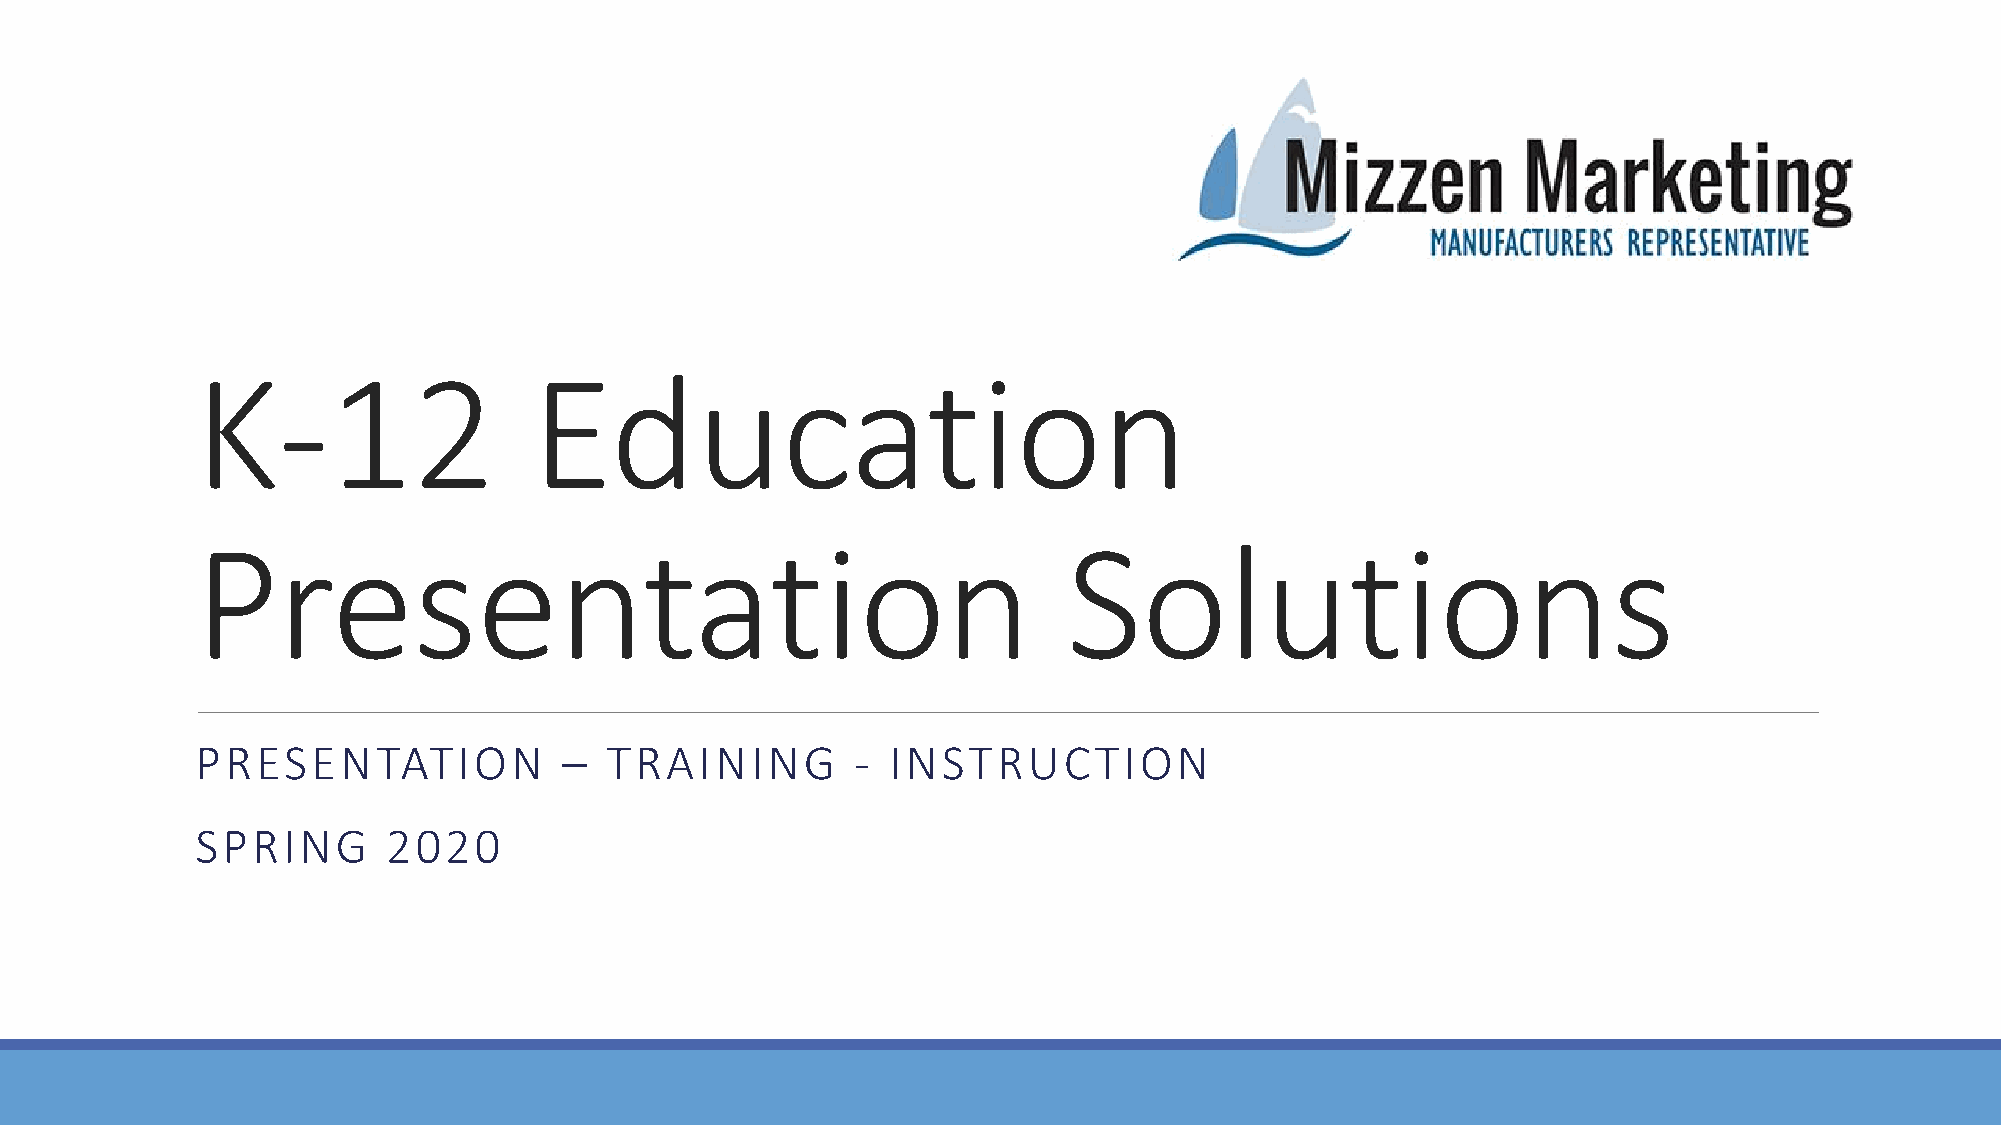
K-12                  Education
 Presentation                                              Solutions
 PRESENTATION            –  TRAINING         - INSTRUCTION
 SPRING       2020